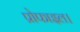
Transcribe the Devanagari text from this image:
प्रोफाइल।